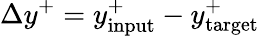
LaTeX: \Delta y^{+}=y_{\mathrm{input}}^{+}-y_{\mathrm{target}}^{+}